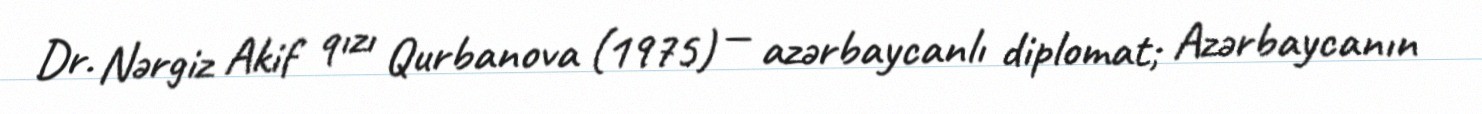
Dr. Nərgiz Akif qızı Qurbanova (1975) — azərbaycanlı diplomat; Azərbaycanın